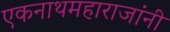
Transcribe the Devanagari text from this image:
एकनाथमहाराजांनी